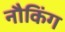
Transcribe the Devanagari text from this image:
नौकिंग